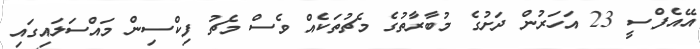
އޭއެފްސީ 23 އަހަރުން ދަށުގެ މުބާރާތުގެ މެޗުތަކެއް ވެސް މެޗު ފިކްސިން މައްސަލައިގައި